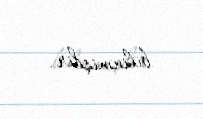
bilinmişdir.